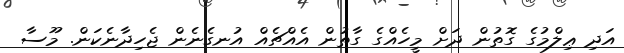
އަދި ޢިލްމުގެ ގޮތުން ދަށް މީހެއްގެ ގާތުން އެއްޗެއް އުނގެނެން ޖެހިދާނެކަން. މޫސާ